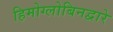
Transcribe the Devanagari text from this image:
हिमोग्लोबिनद्वारे